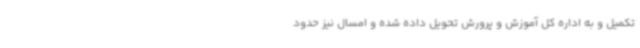
تکمیل و به اداره کل آموزش و پرورش تحویل داده شده و امسال نیز حدود